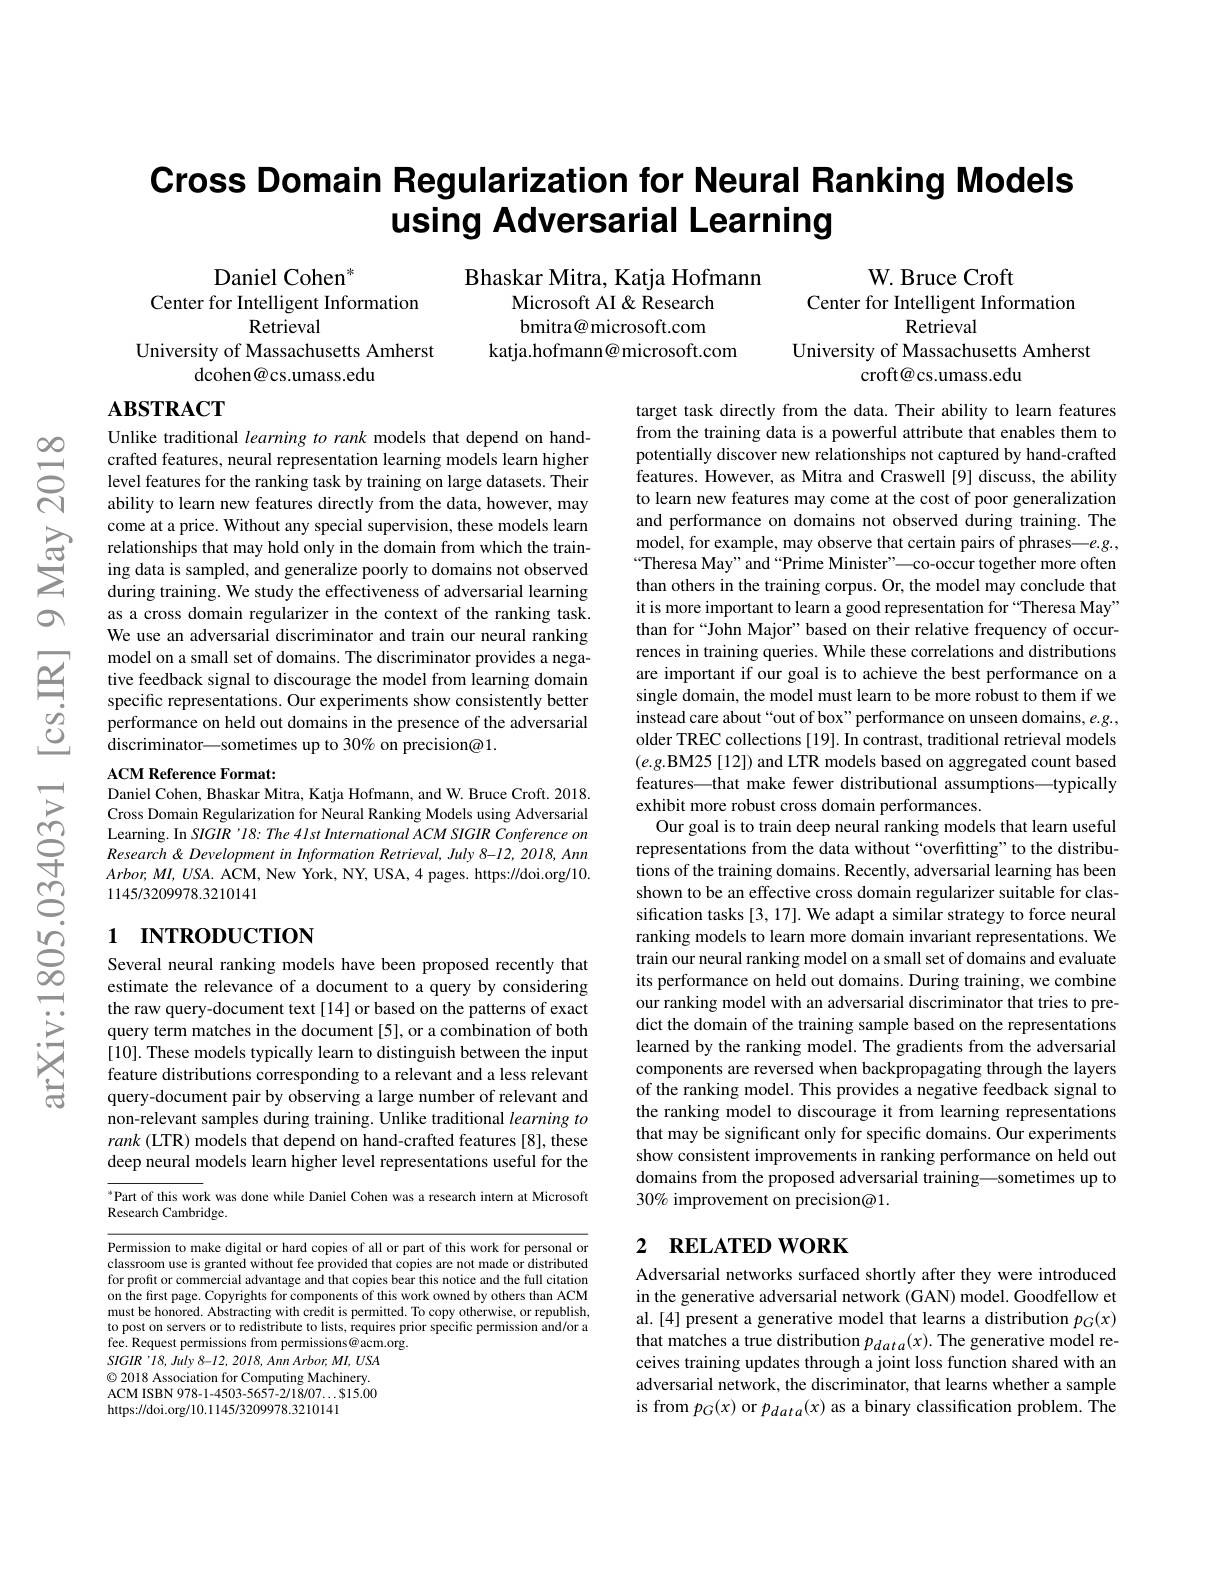
$હ્રિં$

# Cross Domain Regularization for Neural Ranking Models using Adversarial Learning

Bhaskar Mitra, Katja Hofmann
Microsoft AI &Research bmitra@ microsoft.com
katja.hofmann@ microsoft.com

W. Bruce Croft
Center for Intelligent Information
Retrieval
University of Massachusetts Amherst
croft@cs.umass.edu

Daniel Cohen$^{*}$
Center for Intelligent Information
Retrieval
University of Massachusetts Amherst
dcohen@cs.umass.edu

# $\mathbf{ABSTRACT}$

Unlike traditional learning to rank models that depend on handcrafted features, neural representation learning models learn higher level features for the ranking task by training on large datasets. Their ability to learn new features directly from the data, however, may
come at aprice. Without any specila supervision, these models learn and performance on domans not observed durng trainng. The ट relationships that may hold onlj in the domain from which the train- model, for example, may observe that certain pairs
during training. We study the effectiveness of adversarial learning as a cross domain regularizer in the context of the ranking task. We use an adversarial discriminator and train our neural ranking model on a small set of domains. The discriminator provides a negative feedback signal to discourage the model from learning domain specific representations. Our experiments show consistently better performance on held out domains in the presence of the adversarial discriminator\_sometimes up to 30% on precision@1.

target task directly from the data. Their ability to learn features from the training data is a powerful attribute that enables them to potentially discover new relationships not captured by hand-crafted features. However, as Mitra and Craswell [9] discuss, the ability to learn new features may come at the cost of poor generalization and performance on domains not observed during training. The than others in the training corpus. Or, the model may conclude that it is more important to learn a good representation for “Theresa May” than for“John Major”based on their relative frequency of occurrences in training queries. While these correlations and distributions are important if our goal is to achieve the best performance on a single domain, the model must learn to be more robust to them if we instead care about “out of box” performance on unseen domains, $e.g.$, older TREC collections [19]. In contrast, traditional retrieval models $(e.g.$BM25[12]) and LTR models based on aggregated count based features—that make fewer distributional assumptions—typically exhibit more robust cross domain performances.
Our goal is to train deep neural ranking models that learn useful representations from the data without “overfitting”to the distributions of the training domains. Recently, adversarial learning has been shown to be an effective cross domain regularizer suitable for classification tasks [3, 17]. We adapt a similar strategy to force neural ranking models to learn more domain invariant representations. We train our neural ranking model on a small set of domains and evaluate its performance on held out domains. During training, we combine our ranking model with an adversarial discriminator that tries to predict the domain of the training sample based on the representations learned by the ranking model. The gradients from the adversarial components are reversed when backpropagating through the layers of the ranking model. This provides a negative feedback signal to the ranking model to discourage it from learning representations that may be significant only for specific domains. Our experiments show consistent improvements in ranking performance on held out domains from the proposed adversarial training—sometimes up to 30% improvement on precision@1.

ACM Reference Format:
Daniel Cohen, Bhaskar Mitra, Katja Hofmann, and W. Bruce Croft. 2018. Cross Domain Regularization for Neural Ranking Models using Adversarial Learning. In SIGIR 'I8: The 4Ist International ACM SIGIR Conference on Research& Development in Information Retrieval, July 8-12, 20I8, Ann $Arbor,MI,USA.$ ACM, New York, NY, USA, 4 pages. https://doi.org/10. 1145/3209978.3210141

# 1 INTRODUCTION

Several neural ranking models have been proposed recently that estimate the relevance of a document to a query by considering the raw query-document text [14] or based on the patterns of exact query term matches in the document [5], or a combination of both [10]. These models typically learn to distinguish between the input feature distributions corresponding to a relevant and a less relevant query-document pair by observing a large number of relevant and non-relevant samples during training. Unlike traditional learning to rank (LTR) models that depend on hand-crafted features [8], these deep neural models learn higher level representations useful for the

Part of this work was done while Daniel Cohen was a research intern at Microsoft
Research Cambridge.

## 2 RELATED WORK

Permission to make digital or hard copies of all or part of this work for personal or classroom use is granted without fee provided that copies are not made or distributed for profit or commercial advantage and that copies bear this notice and the full citation on the first page. Copyrights for components of this work owned by others than ACM must be honored. Abstracting with credit is permitted. To copy otherwise, or republish, to post on servers or to redistribute to lists, requires prior specific permission and/or a fee. Request permissions from permissions@acm.org.
$SIGIR$'18, July 8-12, 2018, Ann Arbor, MI, USA $\textcircled{\circ}$ 2018 Association for Computing Machinery. ACM ISBN 978- 1- 4503- 5657- 2/ 18/ 07$\ldots \$$15. 00 https://doi.org/10.1145/3209978.3210141

Adversarial networks surfaced shortly after they were introduced in the generative adversarial network (GAN) model. Goodfellow et al.[4] present a generative model that learns a distribution $p_G(x)$ that matches a true distribution $p_{data}(x).$ The generative model receives training updates through a joint loss function shared with an adversarial network, the discriminator, that learns whether a sample is from $p_G(x)$ or $p_data(x)$ as a binary classification problem. The